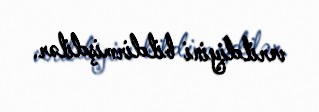
verildiyini bildirmişdilər.